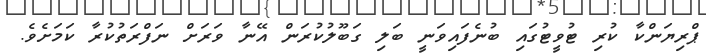
ޕްރިޔަންކާ ކުރި ޓުވީޓުގައި ބުނެފައިވަނީ ބަލި ގަބޫލުކުރަން އޭނާ ވަރަށް ނަފްރަތުކުރާ ކަމަށެވެ.